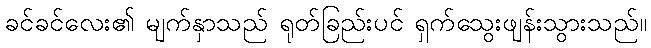
ခင်ခင်လေး၏ မျက်နှာသည် ရုတ်ခြည်းပင် ရှက်သွေးဖျန်းသွားသည်။